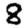
Digit: 8